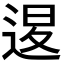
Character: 𨓤